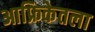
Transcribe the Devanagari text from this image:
आफ्रिकेतला